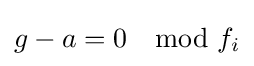
{\textstyle g-a=0\mod f_{i}}